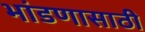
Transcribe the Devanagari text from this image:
भांडणासाठी